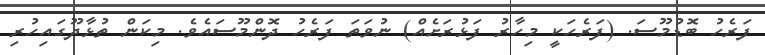
ފަރެހު ބޮޑުމޫސަ. (ފަރެހަކީ މިހާރު ފަޅުރަށެއް) ނުވަތަ ފަރެހު ދޮންމޫސައެވެ. މިކަން ތުޅާދޫގައިހުރި